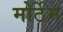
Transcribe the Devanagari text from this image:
मोर्टेम